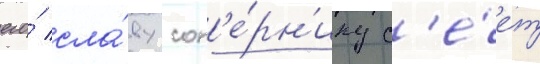
его́ сла́ву соп'е́рн'ику с'е́ет